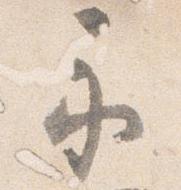
示